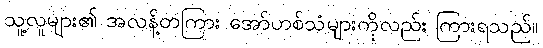
သူ့လူများ၏ အလန့်တကြား အော်ဟစ်သံများကိုလည်း ကြားရသည်။